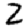
Digit: 2